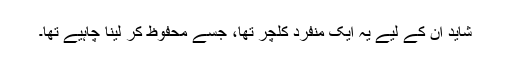
شاید اُن کے لیے یہ ایک منفرد کلچر تھا، جسے محفوظ کر لینا چاہیے تھا۔